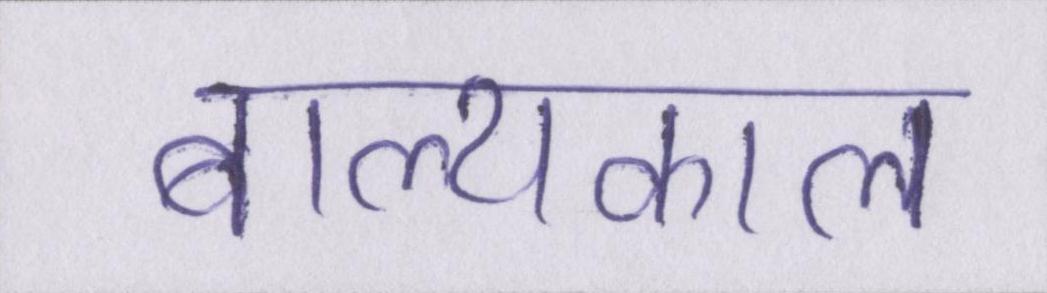
बाल्यकाल